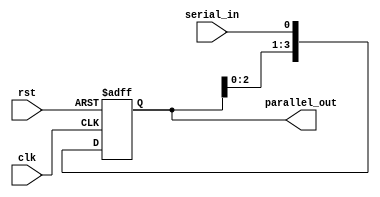
module SIPO_shift_register(
    input wire clk,
    input wire rst,
    input wire serial_in,
    output reg [3:0] parallel_out
);

reg [3:0] shift_register;

always @(posedge clk or posedge rst) begin
    if (rst) begin
        shift_register <= 4'b0;
    end else begin
        shift_register <= {shift_register[2:0], serial_in};
    end
end

assign parallel_out = shift_register;

endmodule